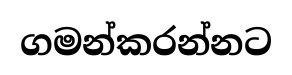
ගමන්කරන්නට